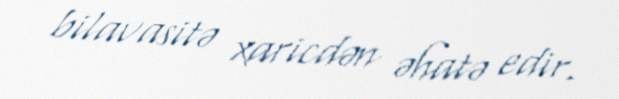
bilavasitə xaricdən əhatə edir.